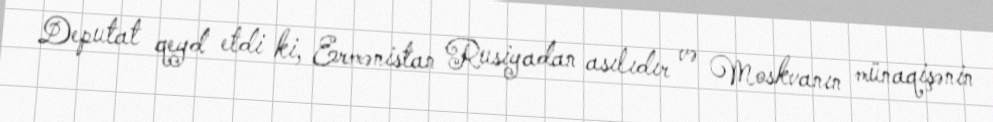
Deputat qeyd etdi ki, Ermənistan Rusiyadan asılıdır və Moskvanın münaqişənin